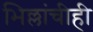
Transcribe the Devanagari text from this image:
भिल्लांचीही